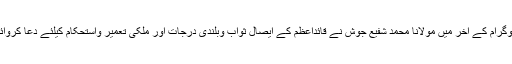
پروگرام کے آخر میں مولانا محمد شفیع جوش نے قائداعظمؒ کے ایصال ثواب وبلندیٔ درجات اور ملکی تعمیر واستحکام کیلئے دعا کروائی۔